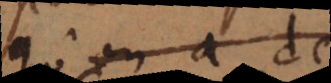
qu’on a de